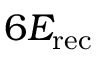
6 E _ { \mathrm { r e c } }